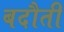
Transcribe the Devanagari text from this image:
बदौती